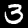
Digit: 3